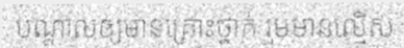
បណ្តាលឲ្យមានគ្រោះថ្នាក់ រួមមានល្មើស